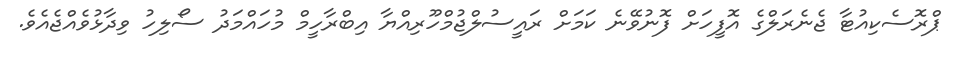
ޕްރޮސެކިއުޓާ ޖެނެރަލްގެ އޮފީހަށް ފޮނުވޭނެ ކަމަށް ރައީސުލްޖުމްހޫރިއްޔާ އިބްރާހީމް މުހައްމަދު ސޯލިހު ވިދާޅުވެއްޖެއެވެ.